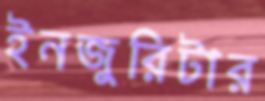
ইনজুরিটার